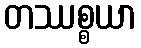
တဿစ္စယာ